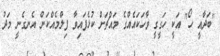
"ބަދާއީ ހޯ" އަކީ ހަގީގީ ވާހަކައެއްގެ މައްޗަށް ކުޅެފައިވާ ފިލްމެއްކަން އެނގެނީ މަދު